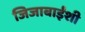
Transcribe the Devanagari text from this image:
जिजाबाईंशी